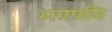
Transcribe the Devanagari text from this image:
भएपछि